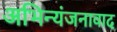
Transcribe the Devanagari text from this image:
अभिन्यंजनावाद